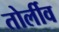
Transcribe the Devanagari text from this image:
तोर्लीव